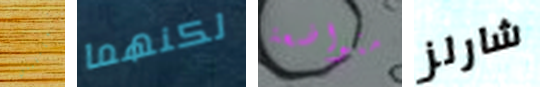
تعامليني لكنهما متواضعة شارلز